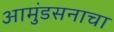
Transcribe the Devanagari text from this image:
आमुंडसनाचा